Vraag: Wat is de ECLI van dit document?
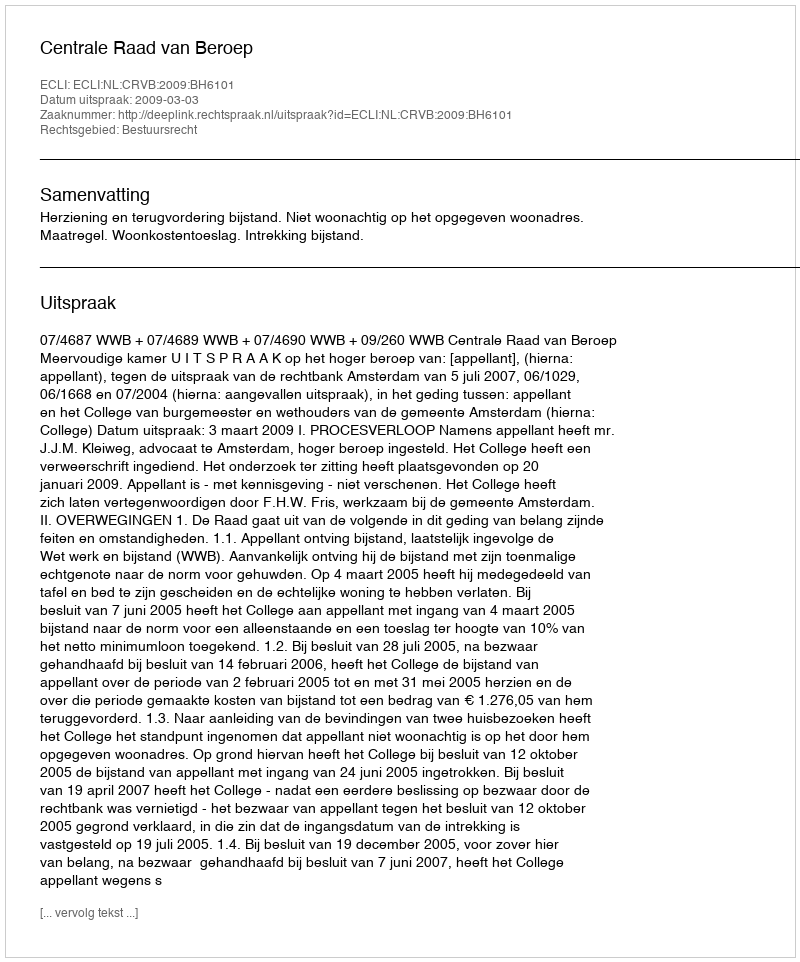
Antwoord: ECLI:NL:CRVB:2009:BH6101